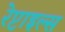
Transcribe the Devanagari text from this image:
रेप्टाइल्स